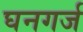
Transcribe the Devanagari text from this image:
घनगर्ज